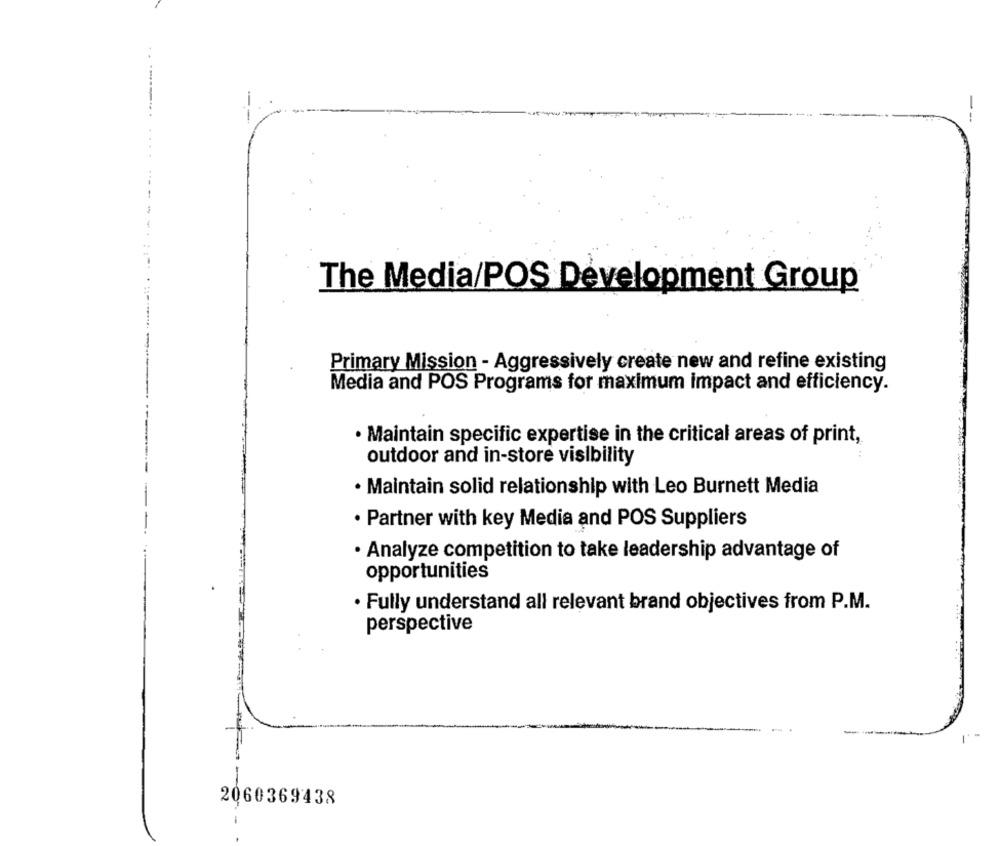
--
---
The Media/POS Development Group
Primary Mission - Aggressively create new and refine existing
Media and POS Programs for maximum impact and efficiency.
· Maintain specific expertise in the critical areas of print,
outdoor and in-store visibility
· Maintain solid relationship with Leo Burnett Media
· Partner with key Media and POS Suppliers
· Analyze competition to take leadership advantage of
opportunities
· Fully understand all relevant brand objectives from P.M.
perspective
2060369438